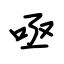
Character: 亟